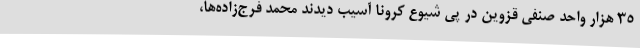
35 هزار واحد صنفی قزوین در پی شیوع کرونا آسیب دیدند محمد فرج‌زاده‌ها،